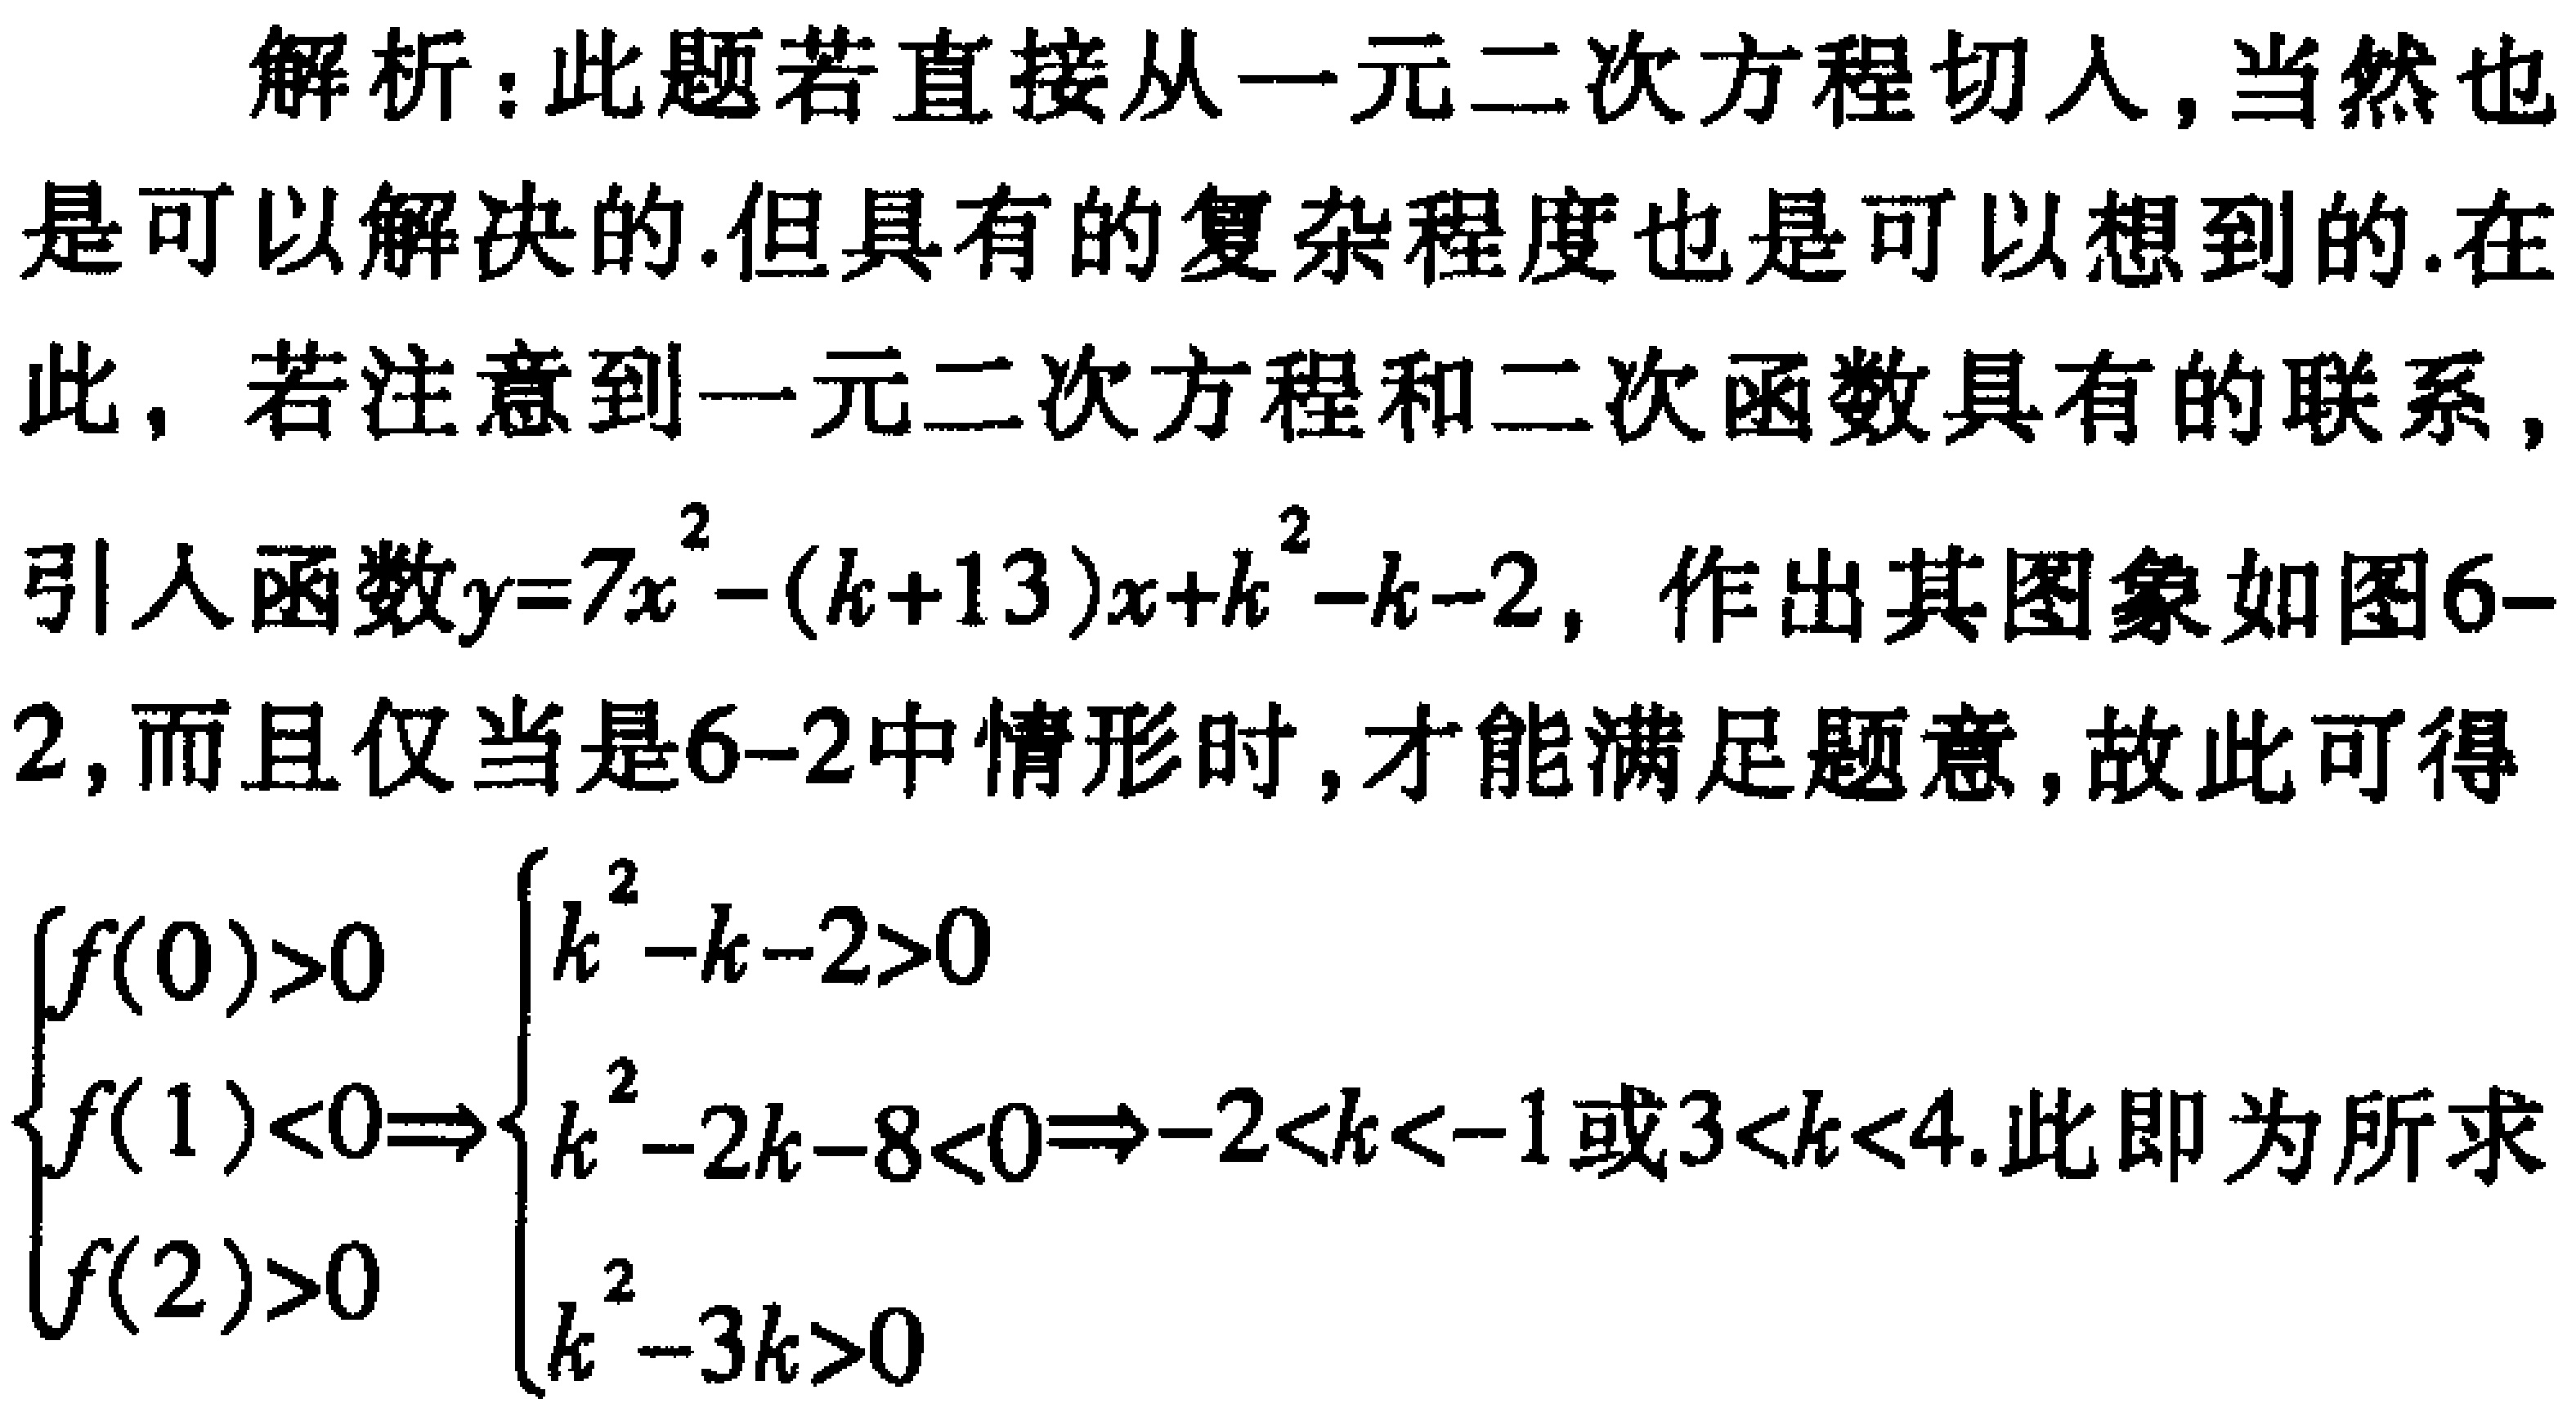
解析：此题若直接从一元二次方程切入,当然也是可以解决的.但具有的复杂程度也是可以想到的.在此，若注意到一元二次方程和二次函数具有的联系，引人函数\(y = 7x^{2}-(k + 13)x + k^{2}-k - 2\)，作出其图象如图6-2，而且仅当是6-2中情形时,才能满足题意，故此可得
\(\begin{cases}f(0)>0\\f(1)<0\\f(2)>0\end{cases}\Rightarrow\begin{cases}k^{2}-k - 2>0\\k^{2}-2k - 8<0\\k^{2}-3k>0\end{cases}\Rightarrow - 2<k<-1或3<k<4\).此即为所求